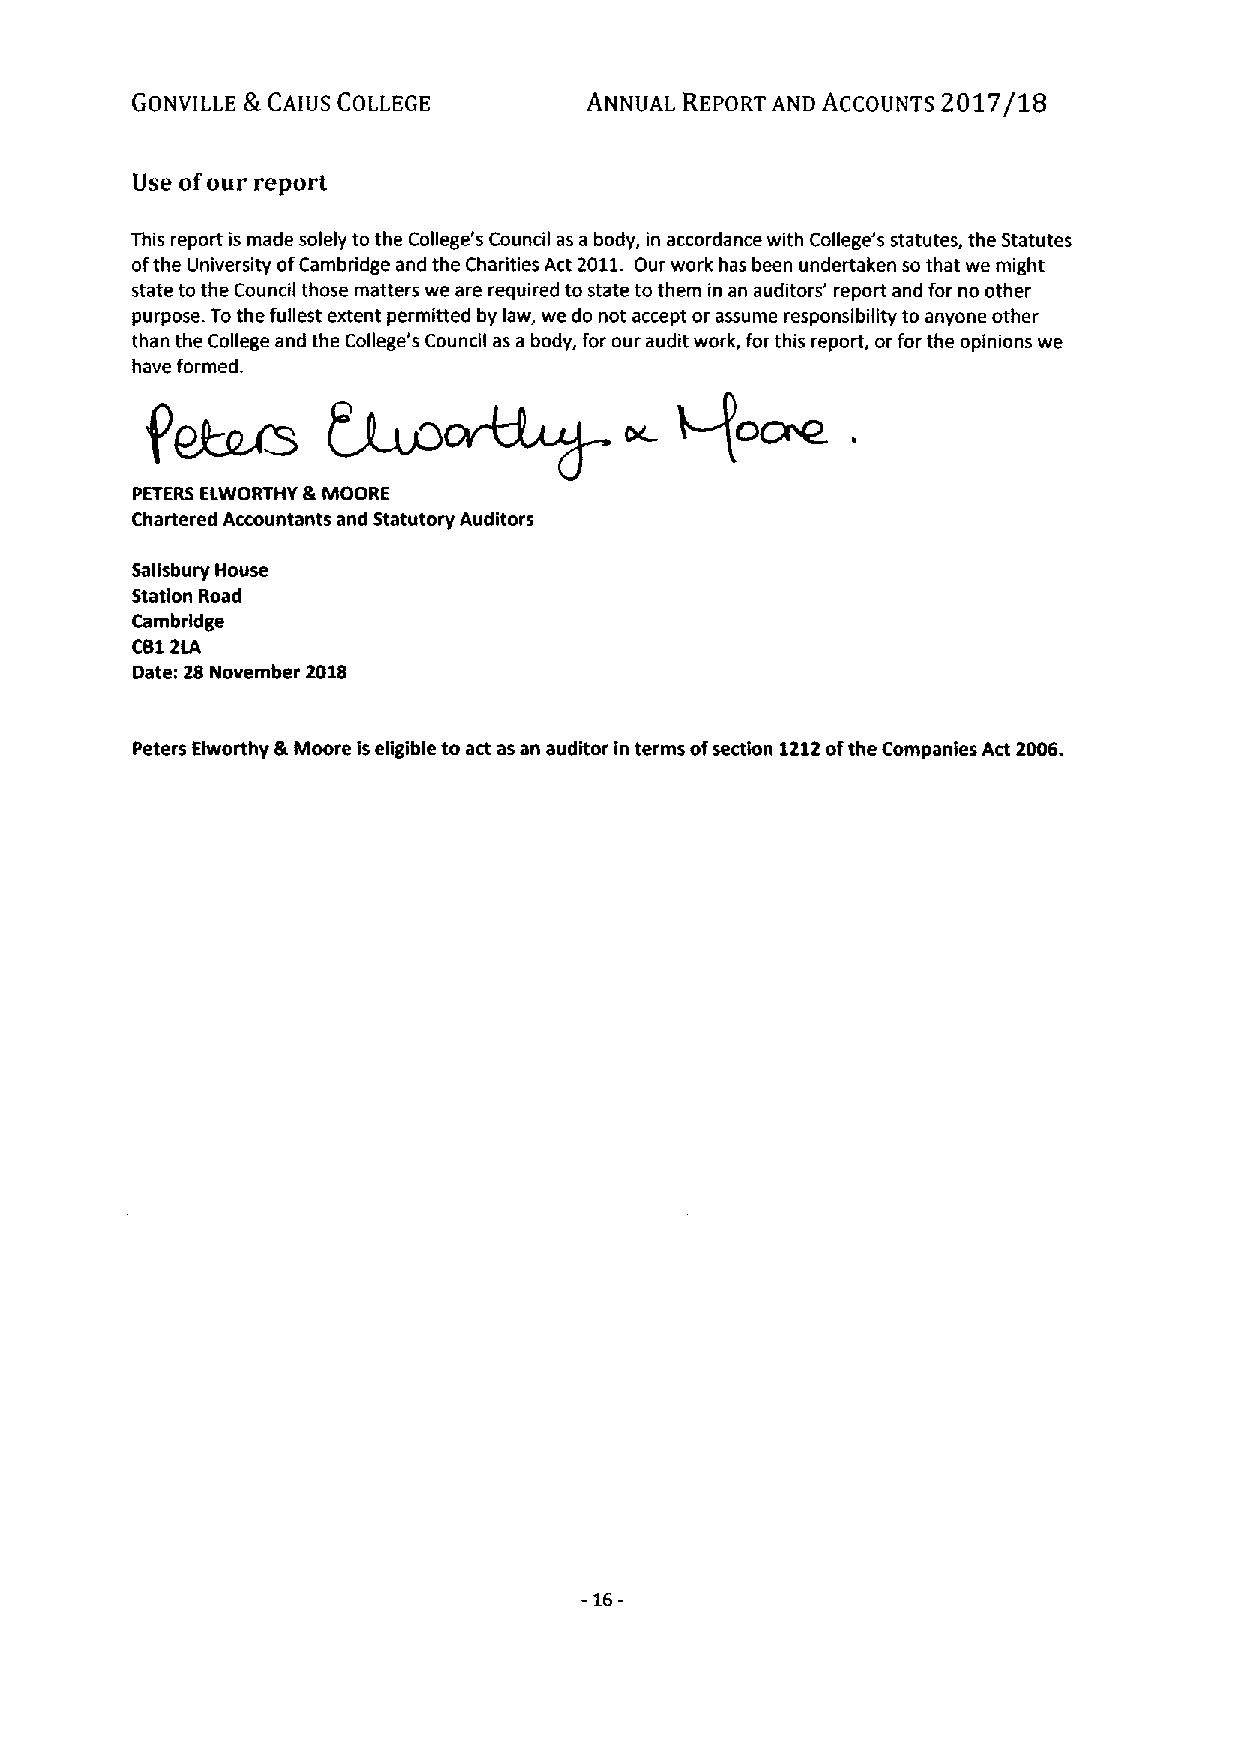
GONVILLE S.CAIUS COLLEGE      ANNUAL REPORT AND ACCOUNTS 2017/18
 Use ofour report
 This report is made solely to the College's Council as a body, in accordance with College's statutes, the Statutes
 ofthe University ofCambridge and the Charities Act 2011. Our work has been undertaken so that we might
 state to the Council those matters we are required to state to them in an auditors' report and for no other
 purpose. Tothe fullest extent permitted by law, we do not accept or assume responsibility to anyone other
 than the College and the College's Council as a body, for our audit work, for this report, or for the opinions we
 have formed.
 Vo~
 .
 PETERS ELWORTHY &MOORE
 Chartered Accountants and Statutory Auditors
 Salisbury House
 Station Road
 Cambridge
 C812LA
 Date: 28 November 2018
 Peters Elworthy &Moore iseligible to act as an auditor in terms ofsection 1212ofthe Companies Act 2006.
 -16-